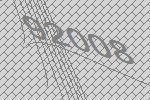
92008